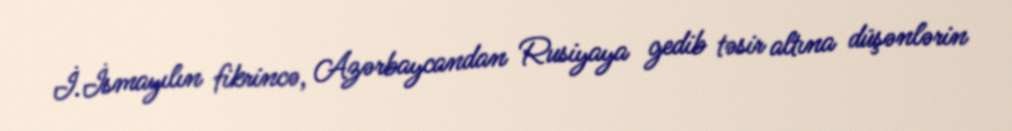
İ.İsmayılın fikrincə, Azərbaycandan Rusiyaya gedib təsir altına düşənlərin